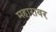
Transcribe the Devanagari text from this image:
महारावर